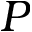
P